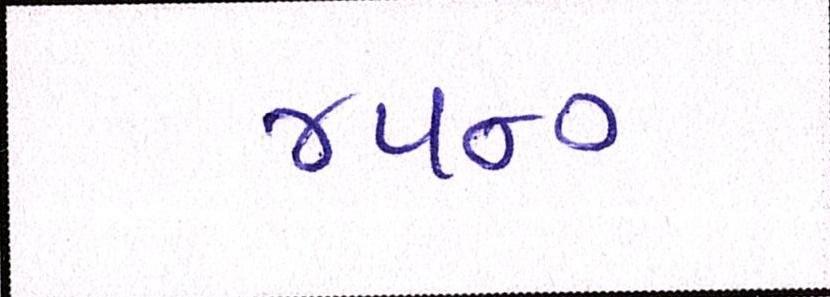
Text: ૪૫૦૦